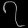
Digit: ၇